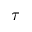
\tau